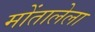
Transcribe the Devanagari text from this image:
मोंतालेला